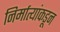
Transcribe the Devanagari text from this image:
निर्मात्यांकडून